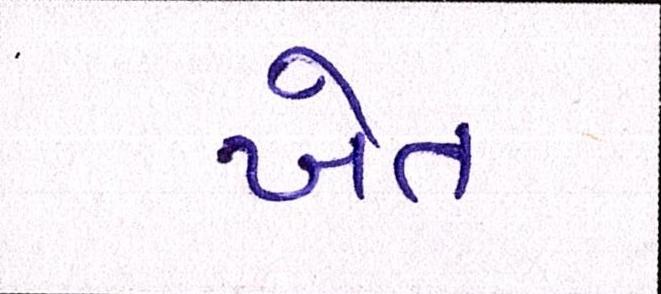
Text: ખેત